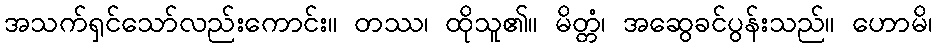
အသက်ရှင်သော်လည်းကောင်း။ တဿ၊ ထိုသူ၏။ မိတ္တံ၊ အဆွေခင်ပွန်းသည်။ ဟောမိ၊